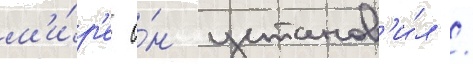
м'и́р'е о́н установ'и́л /